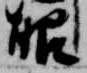
眼